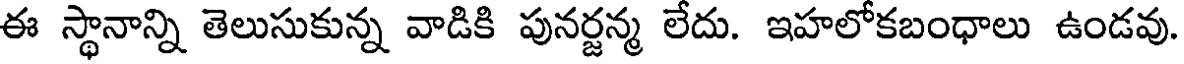
ఈ స్థానాన్ని తెలుసుకున్న వాడికి పునర్జన్మ లేదు. ఇహలోకబంధాలు ఉండవు